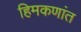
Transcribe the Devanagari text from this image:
हिमकणांत